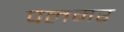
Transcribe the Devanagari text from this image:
पलमर